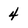
Character: 4